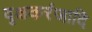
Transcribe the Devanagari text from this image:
वृक्षकरंजादि